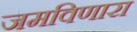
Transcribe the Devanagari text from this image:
जमविणारा